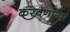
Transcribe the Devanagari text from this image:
करवणार्‍या